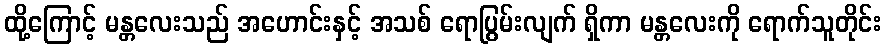
ထို့ကြောင့် မန္တလေးသည် အဟောင်းနှင့် အသစ် ရောပြွမ်းလျက် ရှိကာ မန္တလေးကို ရောက်သူတိုင်း